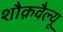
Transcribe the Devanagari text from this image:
शौक़वैल्यू